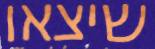
שיצאו